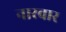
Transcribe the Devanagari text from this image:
नारवार